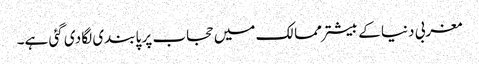
مغربی دنیا کے بیشتر ممالک میں حجاب پر پابندی لگا دی گئی ہے۔